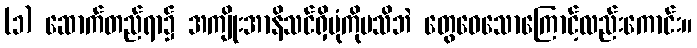
(၁) ဆောက်တည်ရာ၌ အကျိုးအာနိသင်ရှိပုံကိုမသိဘဲ တွေဝေသောကြောင့်လည်းကောင်း။